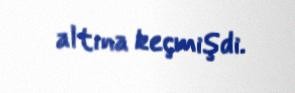
altına keçmişdi.